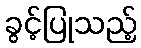
ခွင့်ပြုသည့်